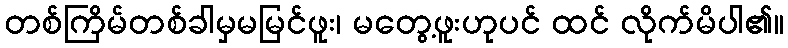
တစ်ကြိမ်တစ်ခါမှမမြင်ဖူး၊ မတွေ့ဖူးဟုပင် ထင် လိုက်မိပါ၏။